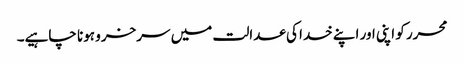
محرر کو اپنی اور اپنے خدا کی عدالت میں سرخرو ہونا چاہیے۔